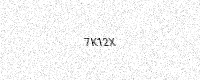
Text: 7K12X